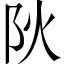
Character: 阦